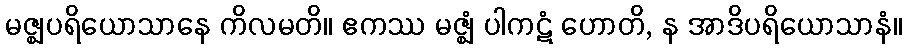
မဇ္ဈပရိယောသာနေ ကိလမတိ။ ဧကဿ မဇ္ဈံ ပါကဋံ ဟောတိ, န အာဒိပရိယောသာနံ။